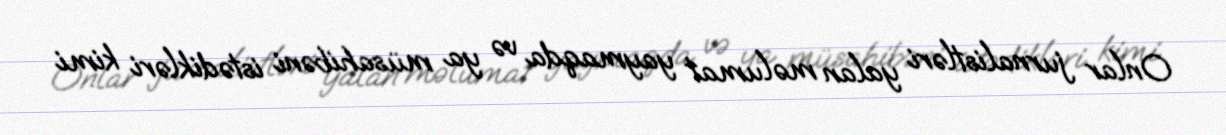
Onlar jurnalistləri yalan məlumat yaymaqda və ya müsahibəni istədikləri kimi